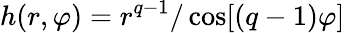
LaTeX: h(r,\varphi)=r^{q-1}/\cos[(q-1)\varphi]